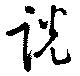
説